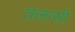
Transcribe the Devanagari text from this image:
तलासी